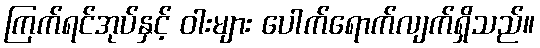
ကြက်ရင်အုပ်နှင့် ဝါးများ ပေါက်ရောက်လျက်ရှိသည်။